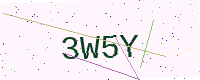
Text: 3W5Y